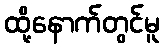
ထို့နောက်တွင်မူ